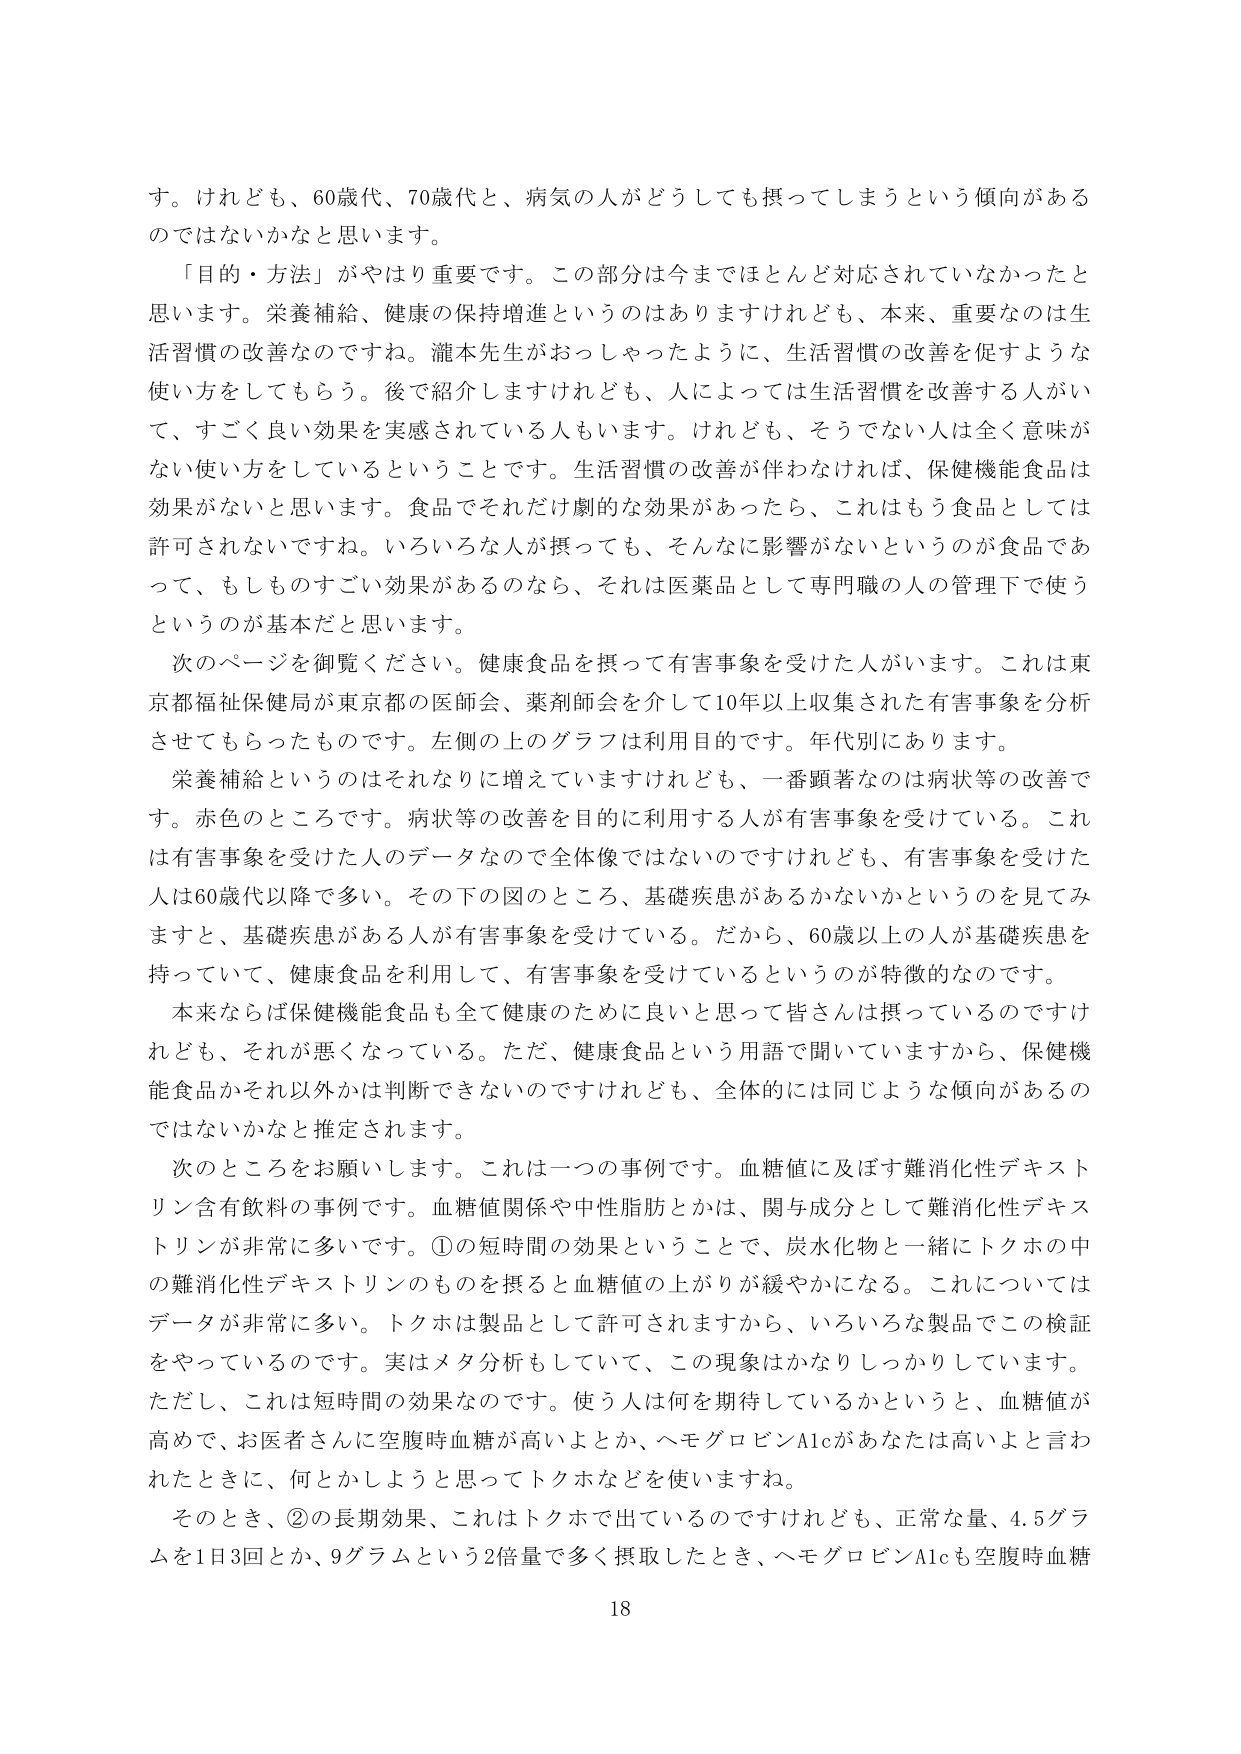
す。けれども、60歳代、70歳代と、病気の人がどうしても摂ってしまうという傾向があるのではないかなと思います。

「目的・方法」がやはり重要です。この部分は今までほとんど対応されていなかったと思います。栄養補給、健康の保持増進というのはありますけれども、本来、重要なのは生活習慣の改善なのですね。瀧本先生がおっしゃったように、生活習慣の改善を促すような使い方をしてもらう。後で紹介しますけれども、人によっては生活習慣を改善する人がいて、すごく良い効果を実感されている人もいます。けれども、そうでない人は全く意味がない使い方をしているということです。生活習慣の改善が伴わなければ、保健機能食品は効果がないと思います。食品でそれだけ劇的な効果があったら、これはもう食品としては許可されないですね。いろいろな人が摂っても、そんなに影響がないというのが食品であって、もしものすごい効果があるのなら、それは医薬品として専門職の人の管理下で使うというのが基本だと思います。

次のページを御覧ください。健康食品を摂って有害事象を受けた人がいます。これは東京都福祉保健局が東京都の医師会、薬剤師会を介して10年以上収集された有害事象を分析させてもらったものです。左側の上のグラフは利用目的です。年代別にあります。

栄養補給というのはそれなりに増えていますけれども、一番顕著なのは病状等の改善です。赤色のところです。病状等の改善を目的に利用する人が有害事象を受けている。これは有害事象を受けた人のデータなので全体像ではないのですけれども、有害事象を受けた人は60歳代以降で多い。その下の図のところ、基礎疾患があるかないかというのを見てみますと、基礎疾患がある人が有害事象を受けている。だから、60歳以上の人为基础疾患を持っていて、健康食品を利用して、有害事象を受けているというのが特徴的なのです。

本来ならば保健機能食品も全て健康のために良いと思って皆さんは摂っているのですけれども、それが悪くなっている。ただ、健康食品という用語で聞いていますから、保健機能食品かそれ以外かは判断できないのですけれども、全体的には同じような傾向があるのではないかなと推定されます。

次のところをお願いします。これは一つの事例です。血糖値に及ぼす難消化性デキストリン含有飲料の事例です。血糖値関係や中性脂肪とかは、関与成分として難消化性デキストリンが非常に多いです。①の短時間の効果ということで、炭水化物と一緒にトクホの中の難消化性デキストリンのものを摂ると血糖値の上がりが緩やかになる。これについてはデータが非常に多い。トクホは製品として許可されますから、いろいろな製品でこの検証をやっているのです。実はメタ分析もしていて、この現象はかなりしっかりしています。ただし、これは短時間の効果なのです。使う人は何を期待しているかというと、血糖値が高めで、お医者さんに空腹時血糖が高いよとか、ヘモグロビンA1cがあなたは高いよと言われたときに、何とかしようと思ってトクホなどを使います。

そのとき、②の長期効果、これはトクホで出ているのですけれども、正常な量、4.5グラムを1日3回とか、9グラムという2倍量で多く摂取したとき、ヘモグロビンA1cも空腹時血糖

18